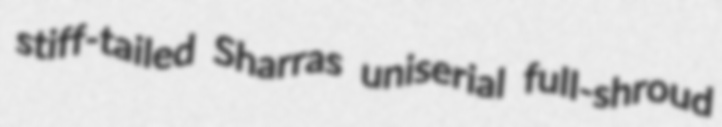
stiff-tailed Sharras uniserial full-shroud